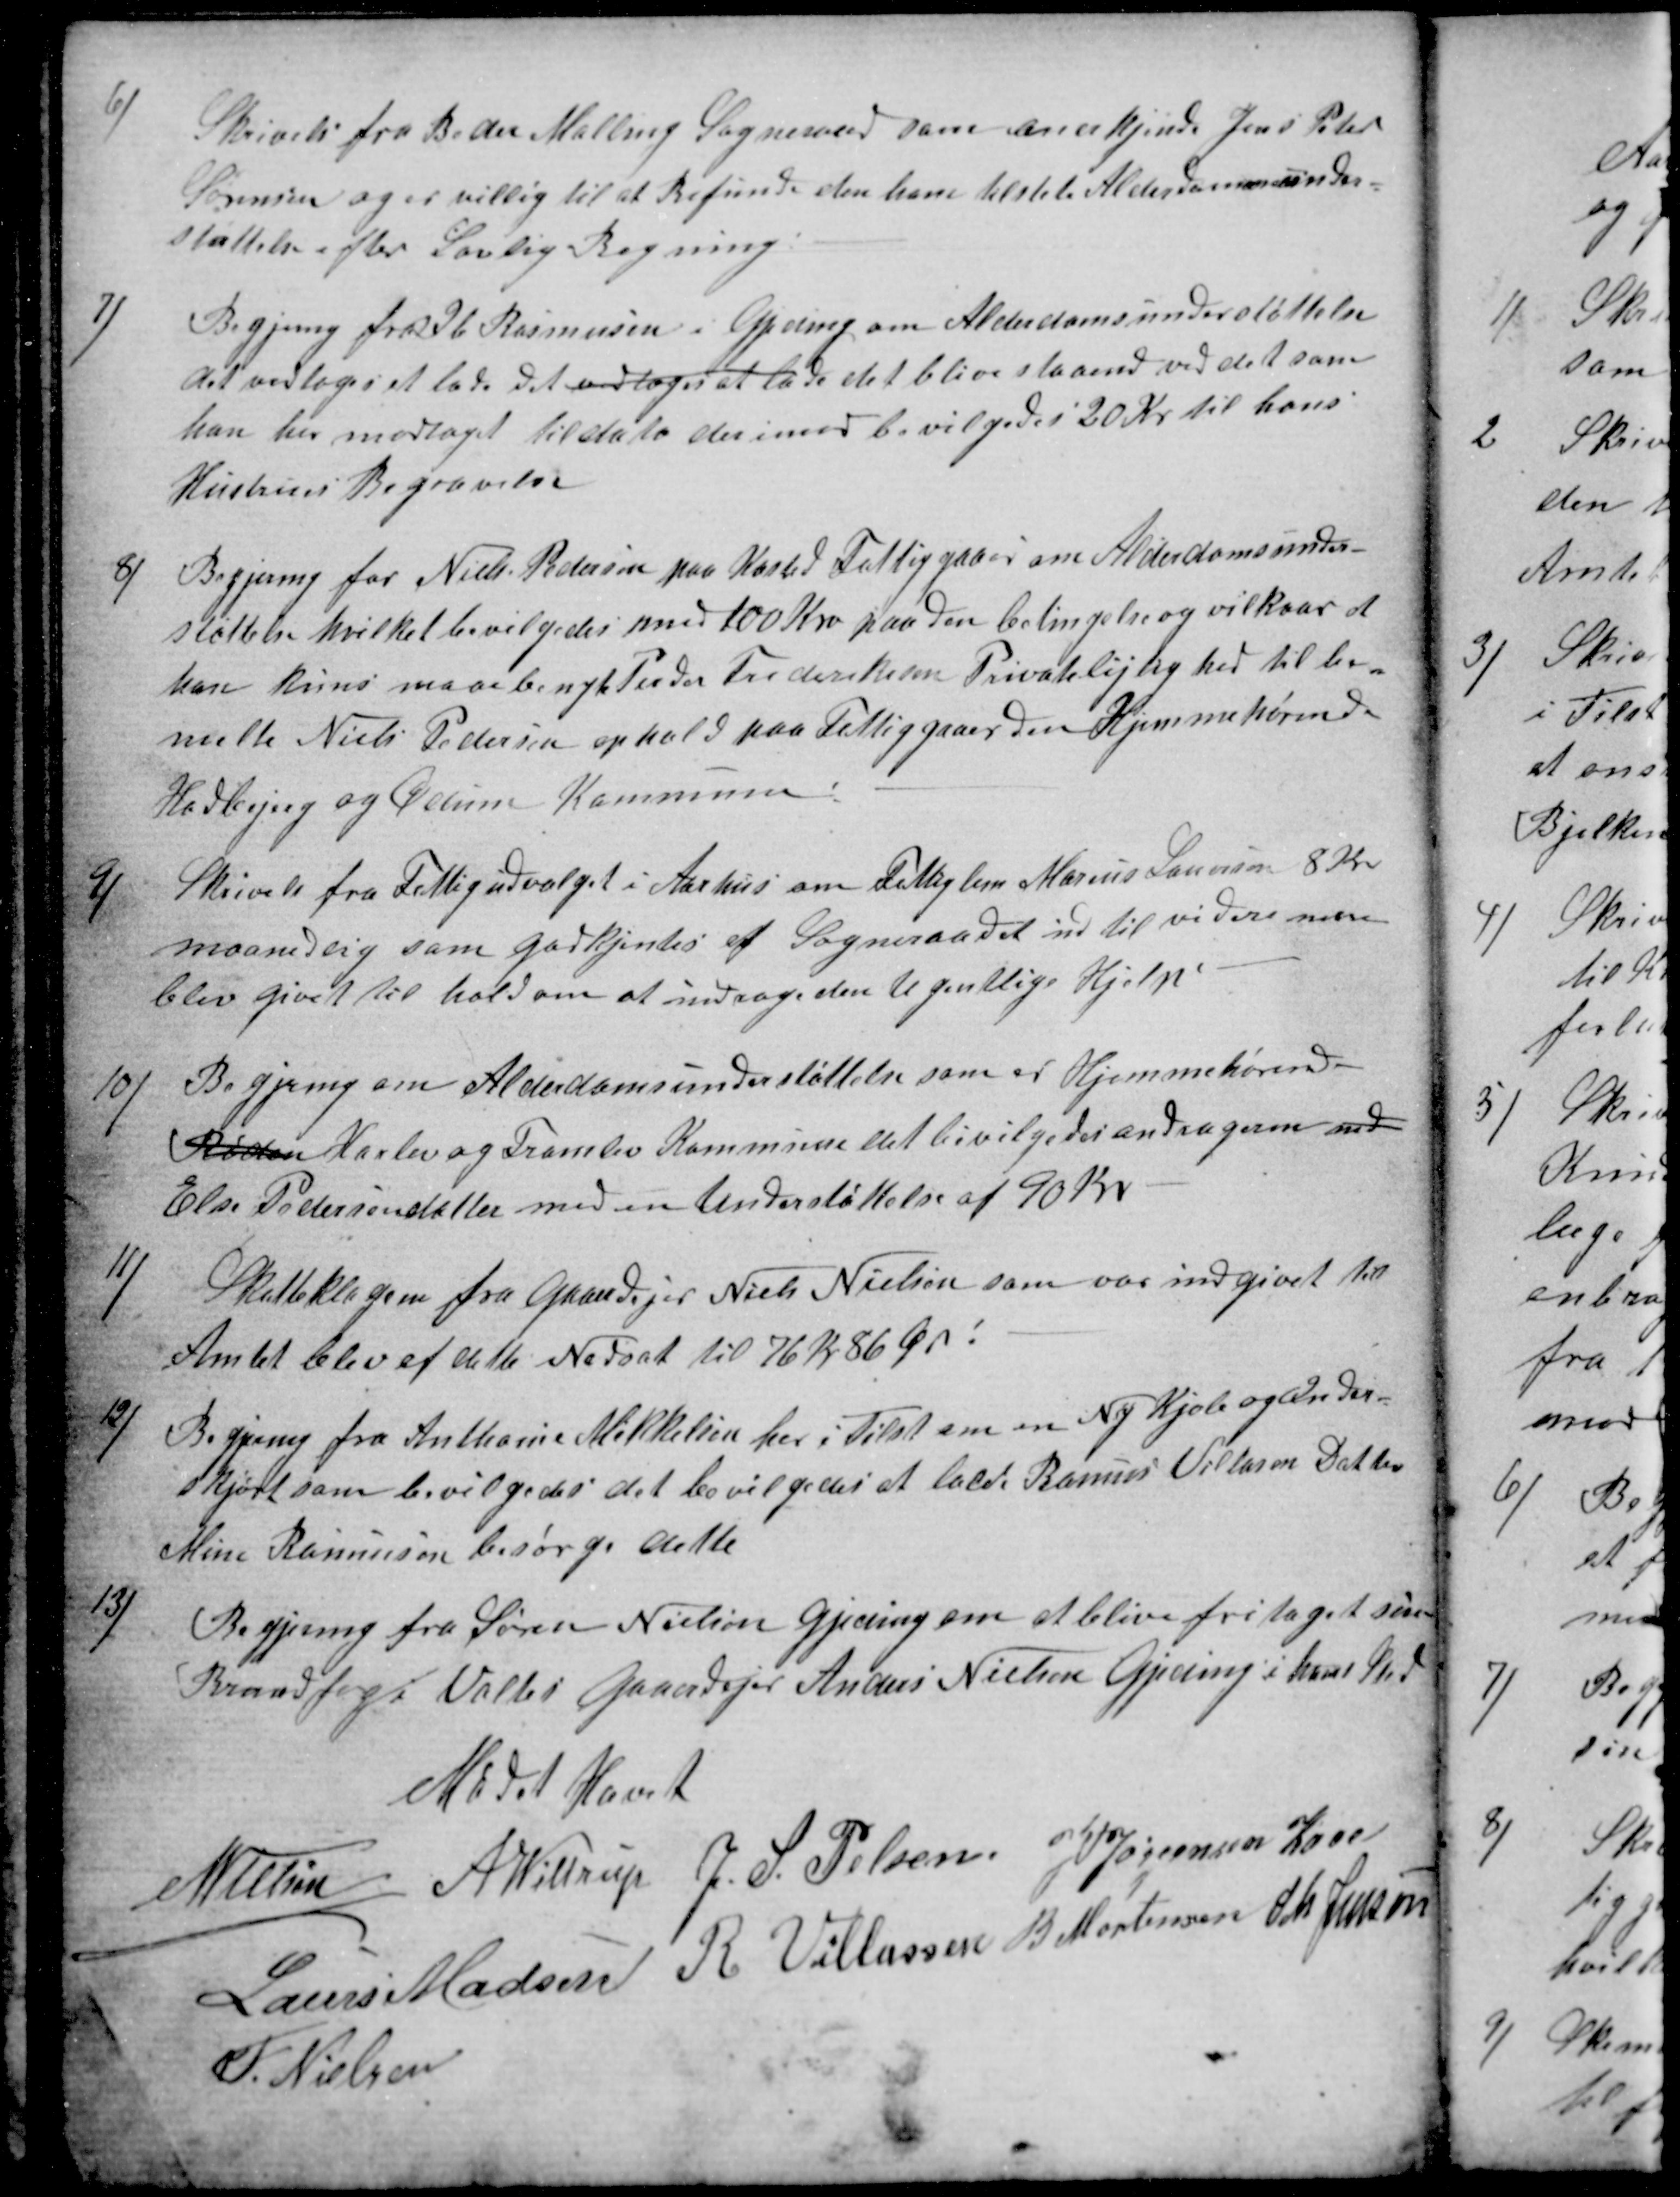
Transskription:
6)
Skrivelse fra Beder Malling Sogneraad som anerkjender Jens Peter
Sørensen og er villig til at Refunde den ham tilstete Alderdomsunder-
støttelse efter Lovlig Regning.
7)
Begjering fra Ib Rasmussen i Gjeding om Alderdomsunderstøttelse
det vedtoges at lade det vedtoges at lade det blive staaende ved det som
han her modtaget til dato derimod bevilgedes 20 Kr til hans
Hustrus Begravelse
8)
Begjering for Niels Pedersen paa Kasted Fattiggaard om Alderdomsunder-
støttelse hvilket bevilgedes med 100 Kro paa den betingelse og vilkaar at
han kuns maa benyte Peder Frederiksen Privatlejlighed til be-
melte Niels Pedersen ophold paa Fattiggaaerden Hjemmehørende
Hadberg og Ødum Kommune
9)
Skrivelse fra Fattigudvalget i Aarhus om Fattiglem Marius Lauersen 8 Kr.
maanedlig som godkjentes af Sogneraadet ind til videre men
blev givet til hold om at indrage den ugentlige Hjelp
10)
Begjering om Alderdomsunderstøttelse som er Hjemmehørend
Røden Harlev og Framlev Kommune det bevilgedes andrageren med
Else Pedersen støtte med en Understøttelse af 90 Kr
11)
Skatteklagen fra Gaardejer Niels Nielsen som var indgivet til
Amtet blev af dette Nedsat til 76 Kr 86 Ør.
12)
Begjering fra Anthonie Mikkelsen her i Tilst om en Ny Kjole og Under-
Skjørt som bevilgedes det bevilgedes at lade Rasmus Villasen Datter
Mine Rasmussen besørge dette
13)
Begjering fra Søren Nielsen Gjeding om at blive fritaget som
Brandfoged Valtes Gaardejer Anders Nielsen Gjeding i hans Sted
Mødet Hævet
N Nielsen
A Wittrup
J. S. Pelsen
J PJørgensen Kaae
Laurs Madsen
R. Villassen
B Mortensen
S M Jensen
F. Nielsen